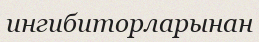
ингибиторларынан